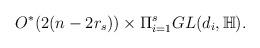
LaTeX: \begin{align*} O^{*}(2(n-2r_{s}))\times \Pi_{i=1}^{s}GL(d_{i},\mathbb{H}).\end{align*}